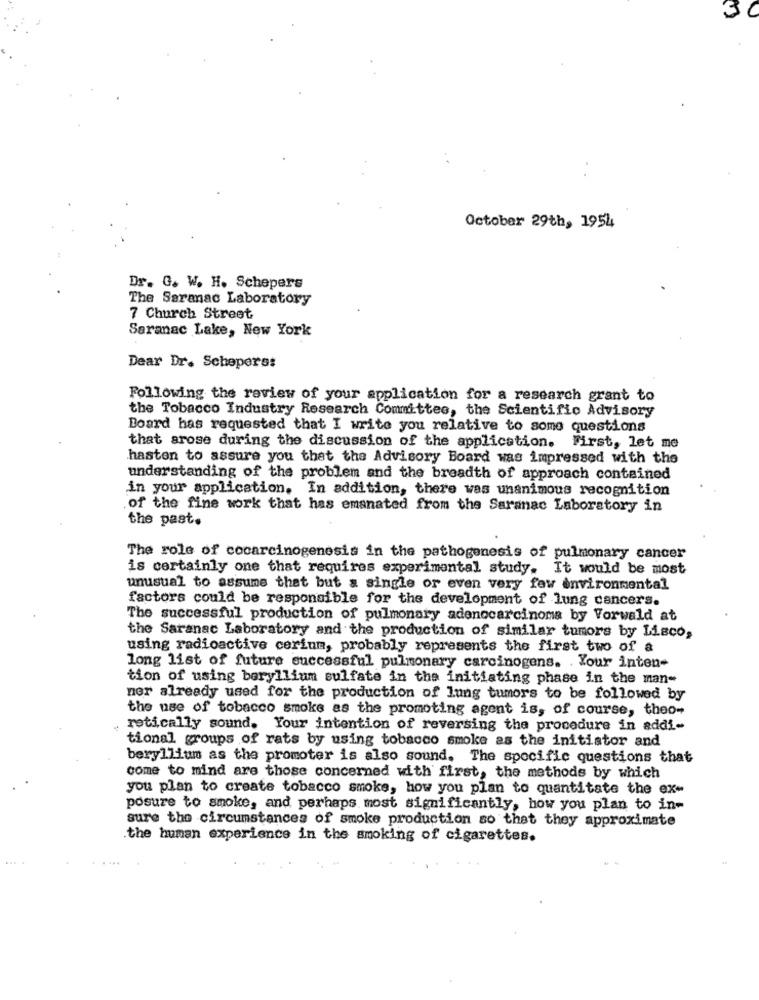
30
October 29th, 1954
Dr. G. W. H. Schepers
.
The Saranac Laboratory
7 Church Street
Saranac Lake, New York
Dear Dr. Schepers:
Following the review of your application for a research grant to
the Tobacco Industry Research Committee, the Scientific Advisory
Board has requested that I write you relative to some questions
that arose during the discussion of the application. First, let me
hasten to assure you that the Advisory Board was impressed with the
understanding of the problem and the breadth of approach contained
in your application. In addition, there was unanimous recognition
of the fine work that has emanated from the Saranac Laboratory in
the past.
The role of cocarcinogenesis in the pathogenesis of pulmonary cancer
is certainly one that requires experimental study. It would be most
unusual to assume that but a single or even very few environmental
factors could be responsible for the development of lung cancers.
The successful production of pulmonary adenocarcinoma by Vorwald at
the Saranac Laboratory and the production of similar tumors by Lisco,
using radioactive cerium, probably represents the first two of a
long list of future successful pulmonary carcinogens. . Your inten-
tion of using beryllium sulfate in the initiating phase in the man-
ner already used for the production of lung tumors to be followed by
the use of tobacco smoke as the promoting agent is, of course, theo-
retically sound. Your intention of reversing the procedure in addi-
tional groups of rats by using tobacco smoke as the initiator and
beryllium as the promoter is also sound. The specific questions that
come to mind are those concerned with first, the methods by which
you plan to create tobacco smoke, how you plan to quantitate the ex-
posure to smoke, and perhaps most significantly, how you plan to in-
sure the circumstances of smoke production so that they approximate
the human experience in the smoking of cigarettes.